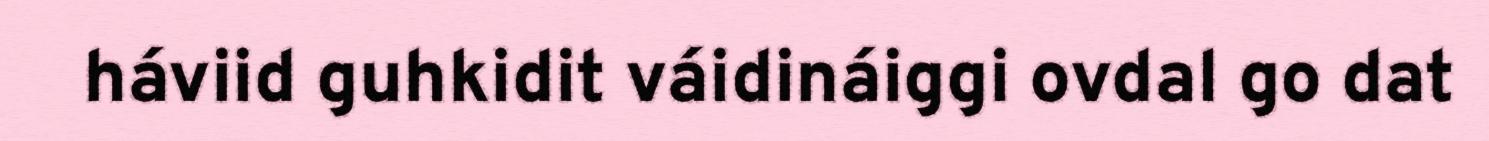
háviid guhkidit váidináiggi ovdal go dat